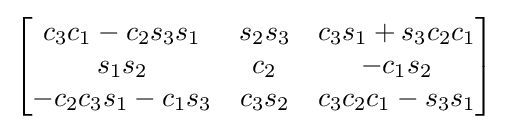
{\begin{bmatrix}c_{3}c_{1}-c_{2}s_{3}s_{1}&s_{2}s_{3}&c_{3}s_{1}+s_{3}c_{2}c_{1}\\s_{1}s_{2}&c_{2}&-c_{1}s_{2}\\-c_{2}c_{3}s_{1}-c_{1}s_{3}&c_{3}s_{2}&c_{3}c_{2}c_{1}-s_{3}s_{1}\end{bmatrix}}